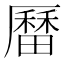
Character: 𪠚